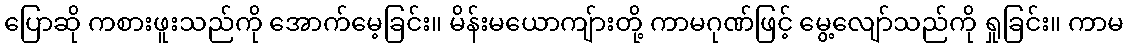
ပြောဆို ကစားဖူးသည်ကို အောက်မေ့ခြင်း။ မိန်းမယောကျ်ားတို့ ကာမဂုဏ်ဖြင့် မွေ့လျော်သည်ကို ရှုခြင်း။ ကာမ